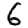
Digit: 6